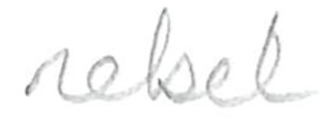
Text: rebel
Cross-out: clean
Writing tool: pencil